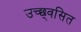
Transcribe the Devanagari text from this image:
उच्छ्‌वसित